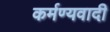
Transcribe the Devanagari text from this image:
कर्मण्यवादी